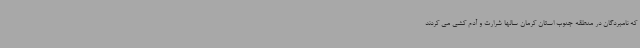
که نامبردگان در منطقه جنوب استان کرمان سالها شرارت و آدم کشی می کردند